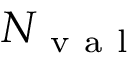
N _ { \mathrm { ~ v ~ a ~ l ~ } }